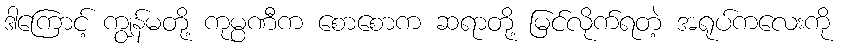
ဒါကြောင့် ကျွန်မတို့ ကုမ္ပဏီက စောစောက ဆရာတို့ မြင်လိုက်ရတဲ့ အရုပ်ကလေးကို